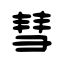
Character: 彗